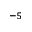
^ { - 5 }